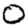
Digit: 0